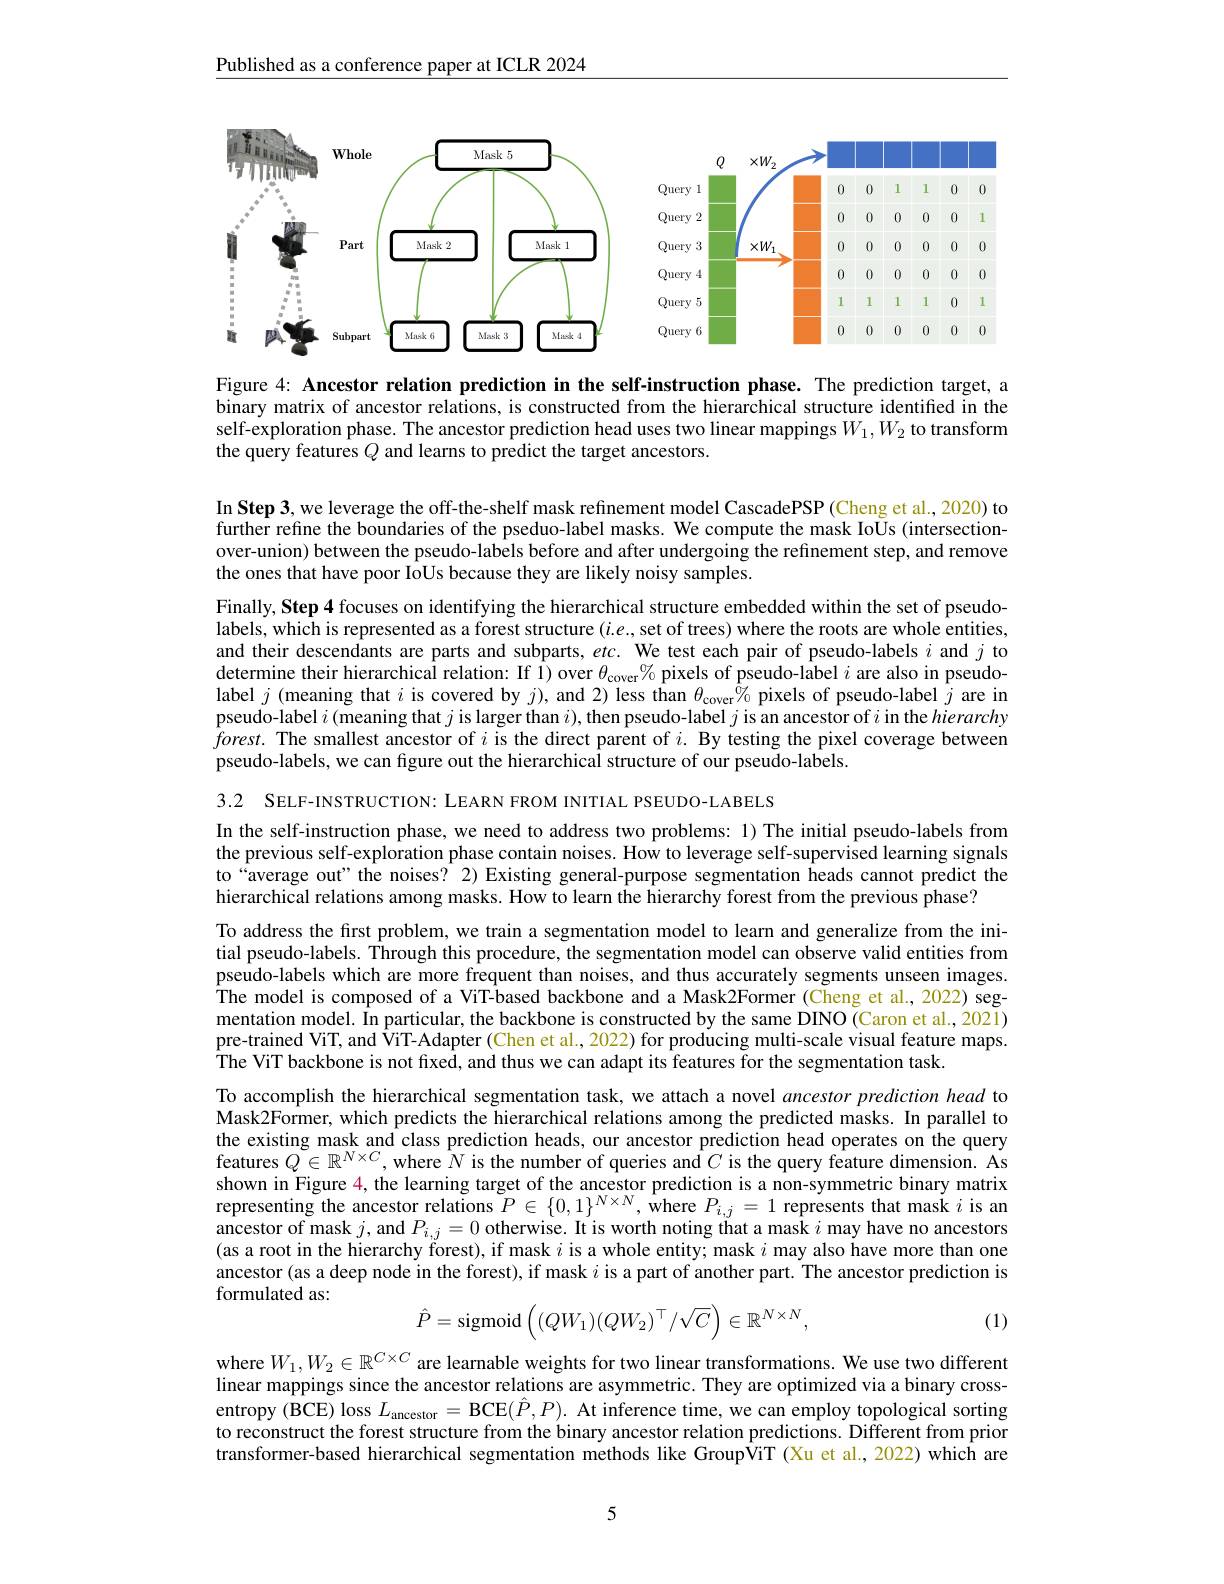
Published as a conference paper at ICLR 2024

<FigureHere>

Figure 4: Ancestor relation prediction in the self-instruction phase. The prediction target, a binary matrix of ancestor relations, is constructed from the hierarchical structure identified in the self-exploration phase. The ancestor prediction head uses two linear mappings $W_1,W_2$ to transform the query features $Q$ and learns to predict the target ancestors.

In Step 3, we leverage the off-the-shelf mask refinement model CascadePSP(Cheng et al., 2020) to further refine the boundaries of the pseduo-label masks. We compute the mask IoUs (intersectionover-union) between the pseudo-labels before and after undergoing the refinement step, and remove the ones that have poor IoUs because they are likely noisy samples.

Finally, Step 4 focuses on identifying the hierarchical structure embedded within the set of pseudolabels, which is represented as a forest structure $(i.e.$, set of trees) where the roots are whole entities, and their descendants are parts and subparts, $etc.$ We test each pair of pseudo-labels $i$ and $j$ to determine their hierarchical relation: If Î) over $\theta _\mathrm{cover}\% \text{pixels of pseudo- l\^{a} bel }i$ are also in pseudolabel $j$ (meaning that $i$ is covered by $j)$, and 2) less than $\theta_\mathrm{cover}^{\tilde{o}}\gamma_{0}$ pixels of pseudo-label $j$ are in pseudo-label $i($meaning that $j$ is larger than $i)$,then pseudo-label $j$ is an ancestor of $i$ in the hierarchy $forest.$ The smallest ancestor of $i$ is the direct parent of $i.$ By testing the pixel coverage betweem pseudo-labels, we can figure out the hierarchical structure of our pseudo-labels.

3.2 SELF-INSTRUCTION: LEARN FROM INITIAL PSEUDO-LABELS
In the self-instruction phase, we need to address two problems: 1) The initial pseudo-labels from the previous self-exploration phase contain noises. How to leverage self-supervised learning signals to“average out”the noises? 2) Existing general-purpose segmentation heads cannot predict the hierarchical relations among masks. How to learn the hierarchy forest from the previous phase?
To address the first problem, we train a segmentation model to learn and generalize from the initial pseudo-labels. Through this procedure, the segmentation model can observe valid entities from pseudo-labels which are more frequent than noises, and thus accurately segments unseen images. The model is composed of a ViT-based backbone and a Mask2Former (Cheng et al., 2022) segmentation model. In particular, the backbone is constructed by the same DINO (Caron et al., 2021) pre-trained ViT, and ViT-Adapter (Chen et al., 2022) for producing multi-scale visual feature maps. The ViT backbone is not fixed, and thus we can adapt its features for the segmentation task.
To accomplish the hierarchical segmentation task, we attach a novel ancestor prediction head to Mask2Former, which predicts the hierarchical relations among the predicted masks. In parallel to the existing mask and class prediction heads, our ancestor prediction head operates on the query features $Q\in\mathbb{R}^{N\times C}$, where $N$ is the number of queries and $C$ is the query feature dimension. As shown in Figure $\color{red}{4}$,the learning target of the ancestor prediction is a non-symmetric binary matrix representing the ancestor relations $P\in\{0,1\}^{N\times N}$, where $P_i,j=1$ represents that mask $i$ is an ancestor of mask $j$, and $P_{i, j}= 0$ otherwise. It is worth noting that a mask $i$ may have no ancestors (oncestor in thoi bironobu forost) if mola antitu mode imols alo bare no ancestors (as a root in the hierarchy forest), if mask $i$ is a whole entity; mask $i$ may also have more than one ancestor (as a deep node in the forest), if mask $i$ is a part of another part. The ancestor prediction is formulated as:
$$\hat{P}=\mathrm{sigmoid}\left((QW_1)(QW_2)^\top/\sqrt{C}\right)\in\mathbb{R}^{N\times N},$$
(1)

where $W_1,W_2\in\mathbb{R}^{C\times C}$ are learnable weights for two linear transformations. We use two different linear mappings since the ancestor relations are asymmetric. They are optimized via a binary crossentropy (BCE) loss $L_\text{ancestor}=$BCE$(\hat{P},P).$ At inference time, we can employ topological sorting to reconstruct the forest structure from the binary ancestor relation predictions. Different from prior transformer-based hierarchical segmentation methods like GroupViT (Xu et al., 2022) which are

5